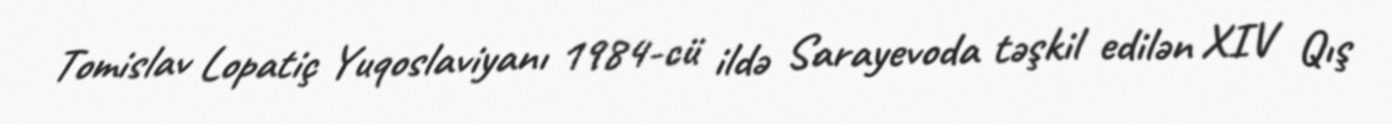
Tomislav Lopatiç Yuqoslaviyanı 1984-cü ildə Sarayevoda təşkil edilən XIV Qış